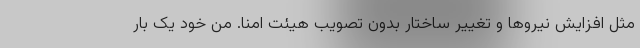
مثل افزایش نیروها و تغییر ساختار بدون تصویب هیئت امنا. من خود یک بار